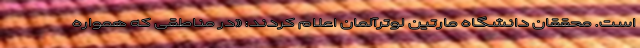
است. محققان دانشگاه مارتین لوترآلمان اعلام کردند: «در مناطقی که همواره